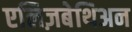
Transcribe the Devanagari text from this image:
एलिज़बेथिअन